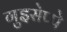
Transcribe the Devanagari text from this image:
गुइसेप्पे